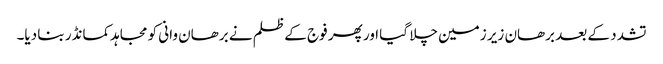
تشدد کے بعد برھان زیر زمین چلا گیا اور پھر فوج کے ظلم نے برھان وانی کو مجاہدکمانڈر بنا دیا۔